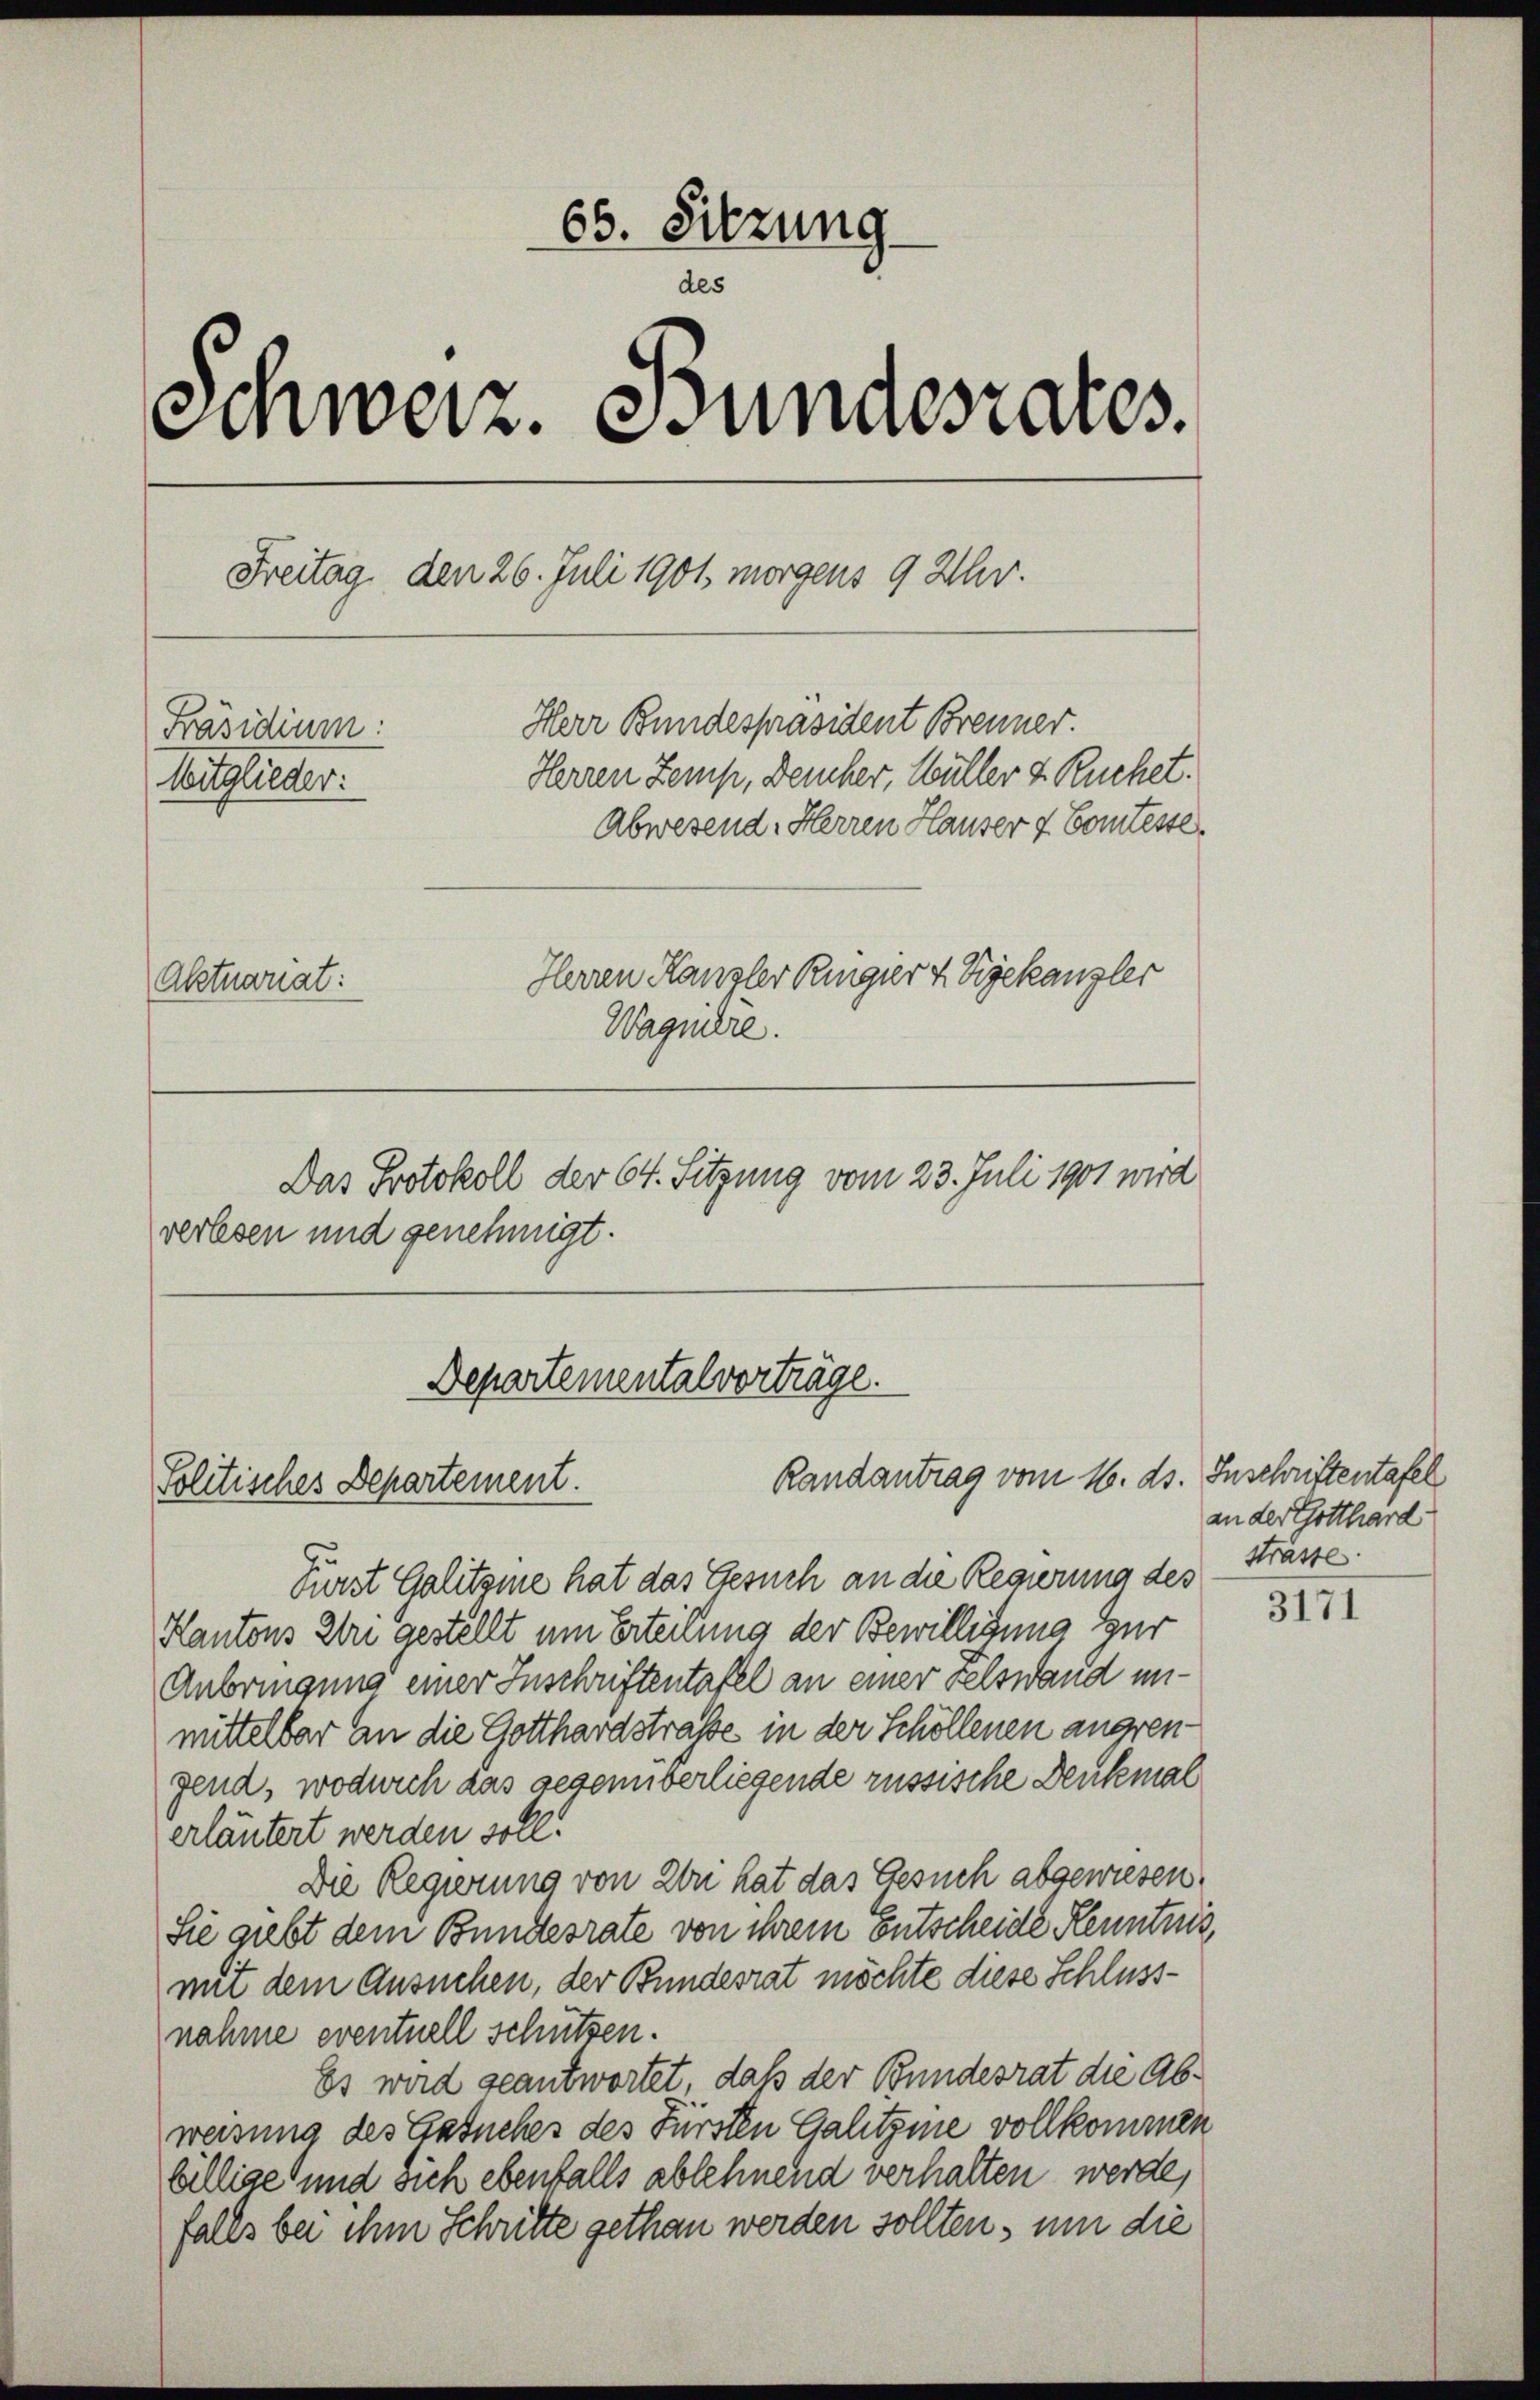
65. Sitzung
des
s
Einweiz. Bundesrates.
Freitag, den 26. Juli 1901, morgens 9 Uhr.
Herr Bundespräsident Brenner.
Präsidium:
Herren Zemp, Deucher, Wüller & Ruchet.
Mitglieder.
Abwesend: Herren Hauser & Comtesse.
Herren Kanzler Ringier z. Bjekanzler
Aktuariat:
Wagniere.

verlesen und genehmigt.

Das Protokoll der 64. Sitzung vom 23. Juli 1901 wird

Departementalvorträge.
Randantrag vom 16. ds. Inschriftentafel
Politisches Departement.

First Galitsme hat das Gesuch an die Regierung des
Kantons bei gestellt um Erteilung der Bewilligung zur
Anbringung einer Inschriftentafel an einer Felswand unmittelbar an die Gotthardstrasse in der Schöllenen angrengend, wodurch das gegenüberliegende russische Denkmal
erläutert werden soll.
Die Regierung von Lon hat das Gesuch abgewiesen.
Sie giebt dem Bundesrate von ihrem Entscheide Kenntnis
mit dem Ansuchen, der Bundesrat möchte diese Schluss-
nahme eventuell schützen.
Es wird geantwortet, daß der Bundesrat die Abweisung des Statuches des Fürsten Galitzme vollkommen
billige und sich ebenfalls ablehnend verhalten werde,
falls bei ihm Schritte gethan werden sollten, um die

an der Gotthard
strasse.

3171